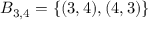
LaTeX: B _ { 3 , 4 } = \{ ( 3 , 4 ) , ( 4 , 3 ) \}